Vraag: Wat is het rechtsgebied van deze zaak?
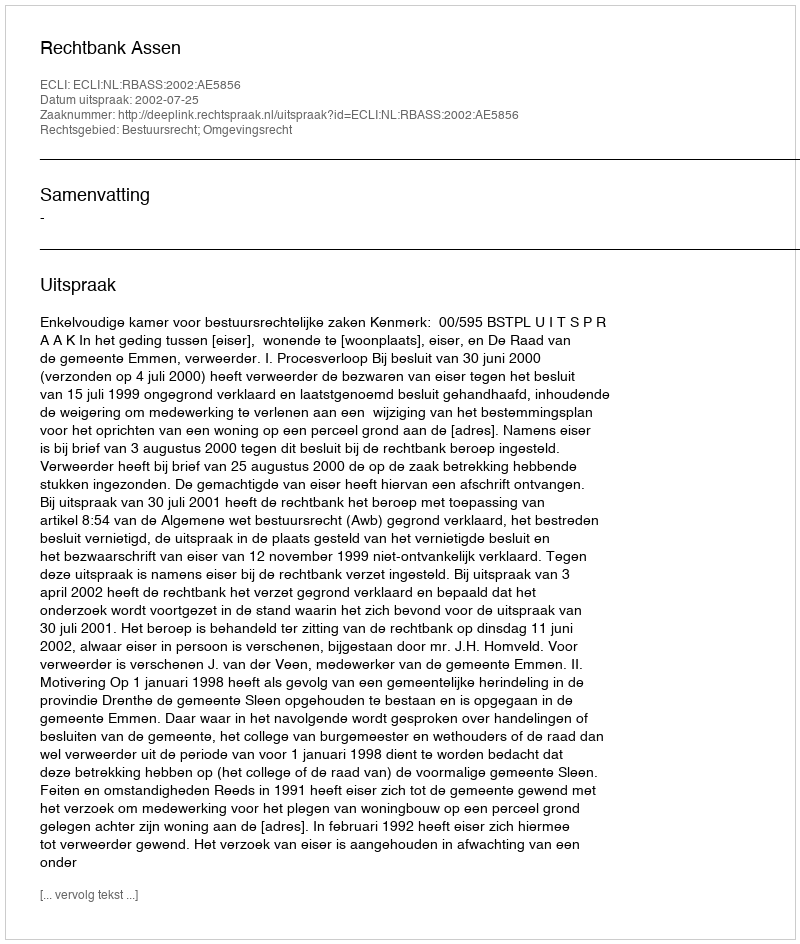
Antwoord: Bestuursrecht; Omgevingsrecht